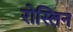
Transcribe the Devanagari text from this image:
रोस्लिन